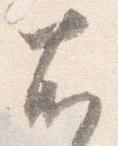
右